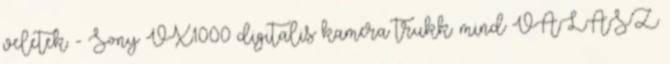
veletek. - Sony VX1000 digitalis kamera trukk. mind VÁLASZ